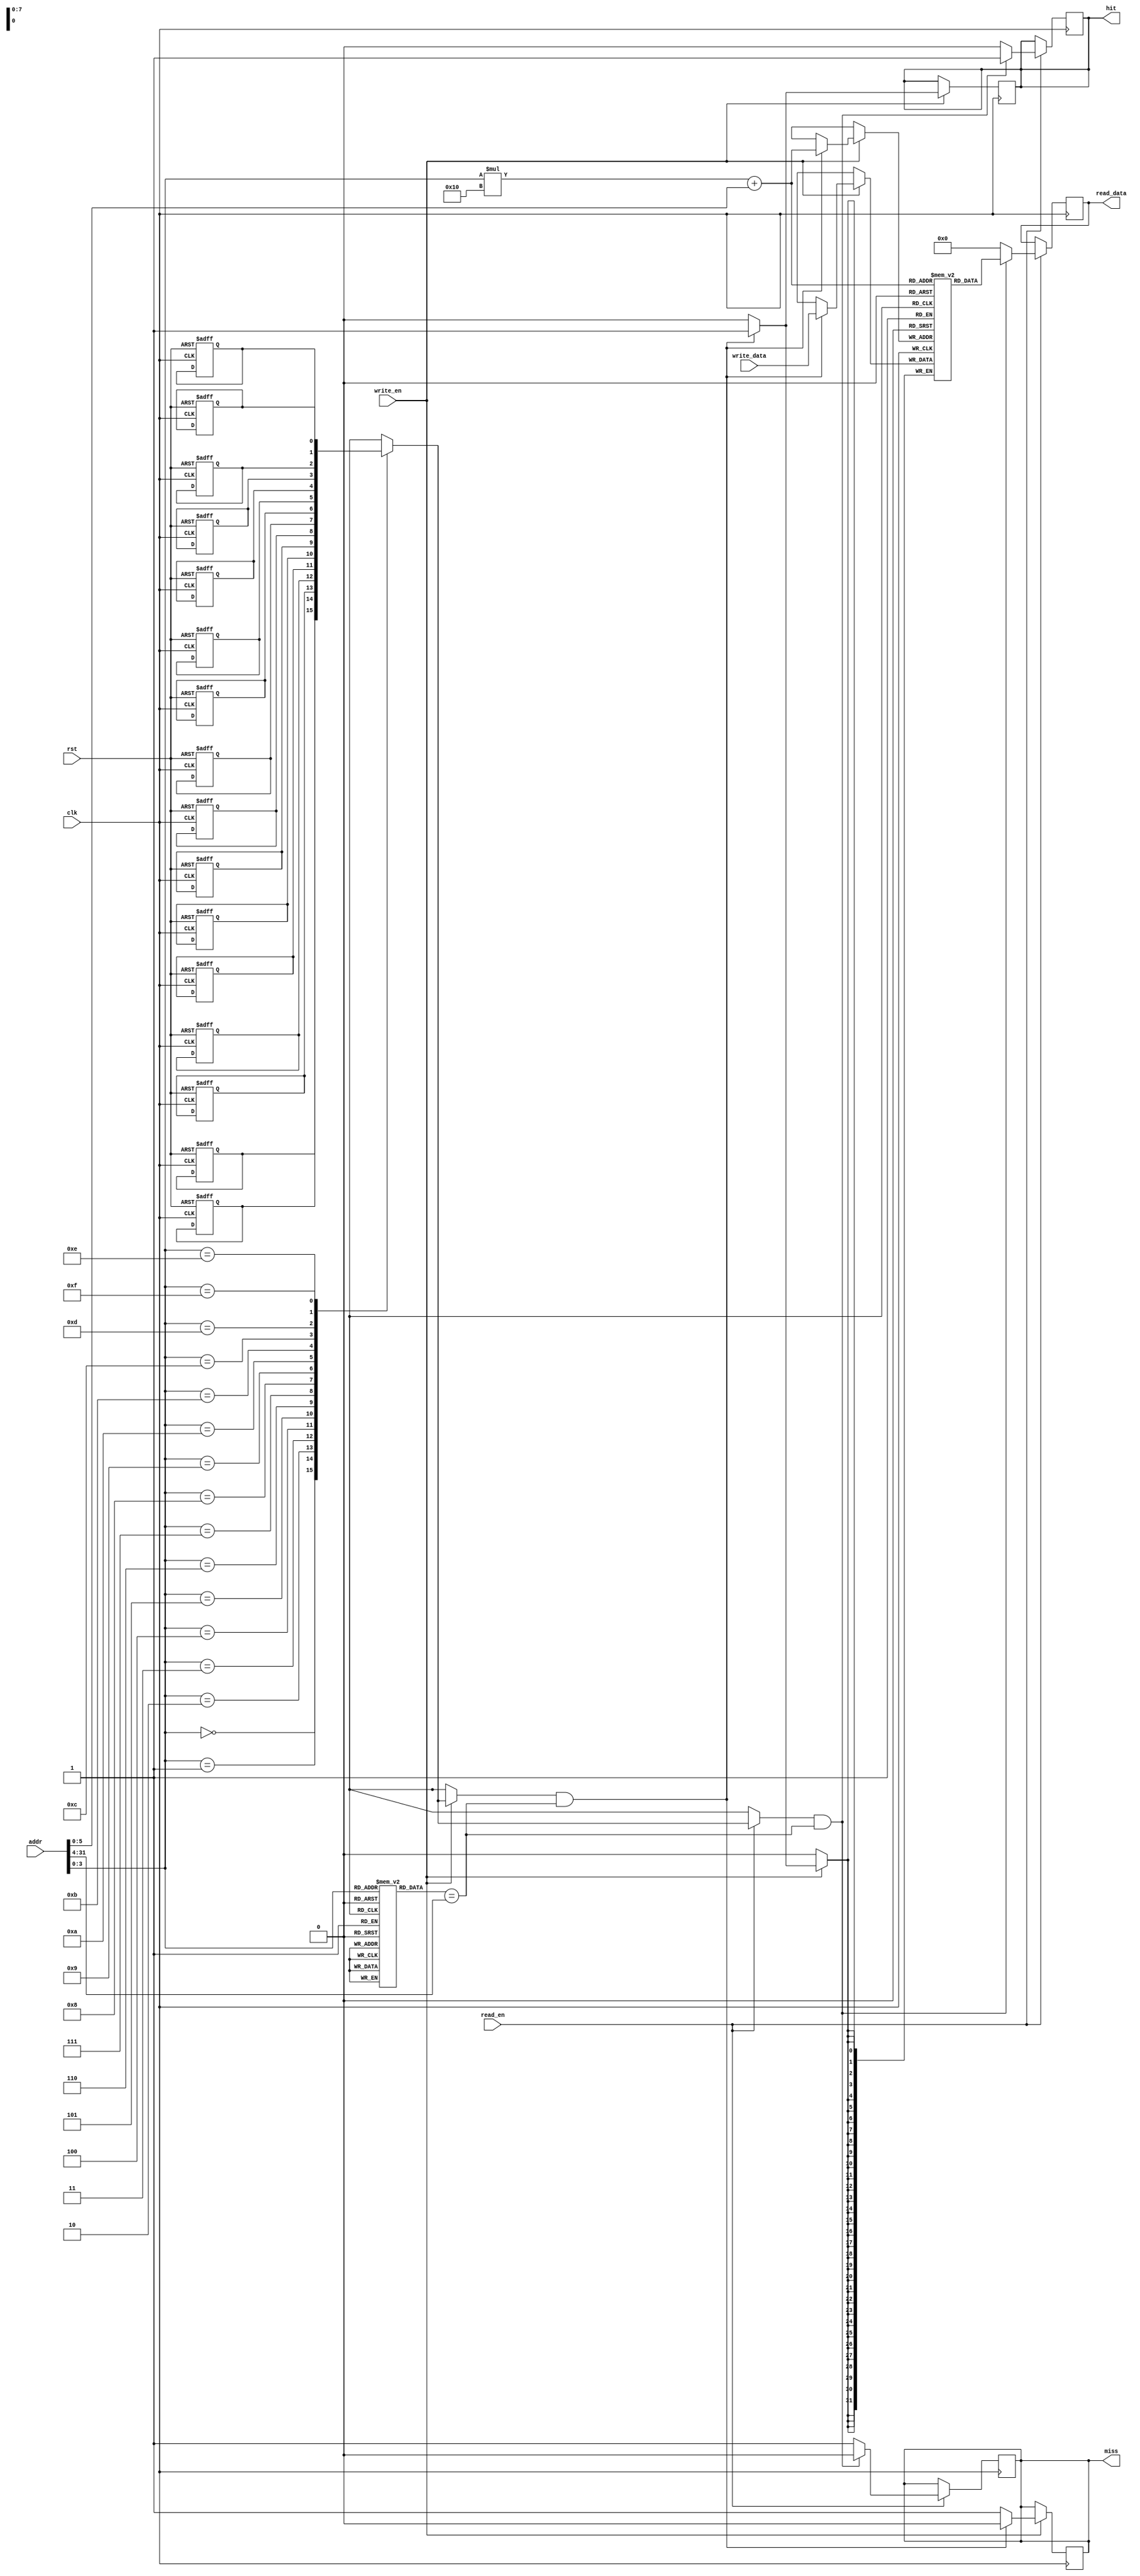
module unified_cache #(
    parameter CACHE_SIZE = 1024, // Total cache size in bytes
    parameter LINE_SIZE = 64,     // Line size in bytes
    parameter NUM_LINES = CACHE_SIZE / LINE_SIZE // Number of cache lines
)(
    input wire clk,
    input wire rst,
    input wire [31:0] addr,       // Address from CPU
    input wire [31:0] write_data, // Data to write
    input wire read_en,           // Read enable
    input wire write_en,          // Write enable
    output reg [31:0] read_data,  // Data read from cache
    output reg hit,               // Cache hit signal
    output reg miss               // Cache miss signal
);

    // Cache line structure
    reg [31:0] cache_data [0:NUM_LINES-1][0:LINE_SIZE/4-1]; // Data storage
    reg [31:0] tag [0:NUM_LINES-1]; // Tag storage
    reg valid [0:NUM_LINES-1]; // Valid bits
    reg dirty [0:NUM_LINES-1]; // Dirty bits

    wire [31:0] index; // Cache index
    wire [31:0] offset; // Byte offset
    wire [31:0] tag_in; // Tag from address

    assign index = addr[LOG2(NUM_LINES)-1:0]; // Extract index from address
    assign offset = addr[LOG2(LINE_SIZE)-1:0]; // Extract offset from address
    assign tag_in = addr[31:LOG2(NUM_LINES)]; // Extract tag from address

    integer i;

    // Cache initialization
    always @(posedge clk or posedge rst) begin
        if (rst) begin
            for (i = 0; i < NUM_LINES; i = i + 1) begin
                valid[i] <= 0;
                dirty[i] <= 0;
            end
        end
    end

    // Read operation
    always @(posedge clk) begin
        if (read_en) begin
            if (valid[index] && (tag[index] == tag_in)) begin
                // Cache hit
                read_data <= cache_data[index][offset];
                hit <= 1;
                miss <= 0;
            end else begin
                // Cache miss
                miss <= 1;
                hit <= 0;
                // Fetch data from memory (not implemented here)
                // For simplicity, we just set read_data to 0
                read_data <= 32'b0;
            end
        end
    end

    // Write operation
    always @(posedge clk) begin
        if (write_en) begin
            if (valid[index] && (tag[index] == tag_in)) begin
                // Cache hit
                cache_data[index][offset] <= write_data;
                dirty[index] <= 1; // Mark as dirty
                hit <= 1;
                miss <= 0;
            end else begin
                // Cache miss
                miss <= 1;
                hit <= 0;
                // Write data to cache and memory (not implemented here)
                // For simplicity, we just ignore the write
            end
        end
    end

    // Function to calculate log base 2
    function integer LOG2;
        input integer value;
        begin
            LOG2 = 0;
            while (2**LOG2 < value) begin
                LOG2 = LOG2 + 1;
            end
        end
    endfunction

endmodule